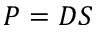
P = D S